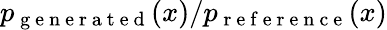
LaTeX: p_{\mathrm{~g~e~n~e~r~a~t~e~d~}}(x)/p_{\mathrm{~r~e~f~e~r~e~n~c~e~}}(x)